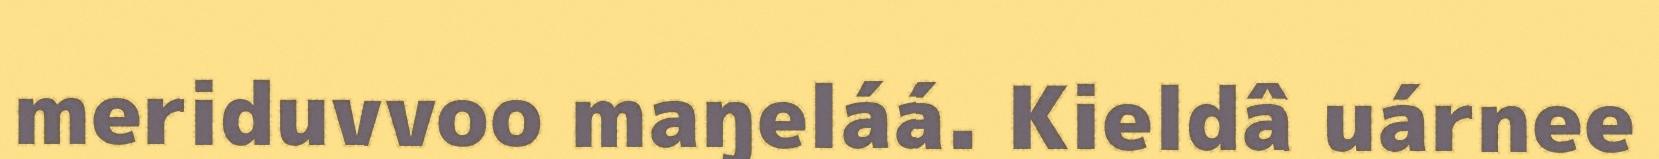
meriduvvoo maŋeláá. Kieldâ uárnee